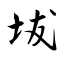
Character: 坺